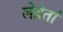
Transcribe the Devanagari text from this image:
लेब्रेतां